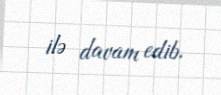
ilə davam edib.